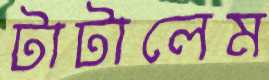
টাটালেম